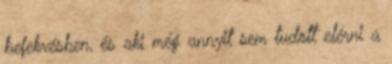
befekvésben, és aki még annyit sem tudott elérni a